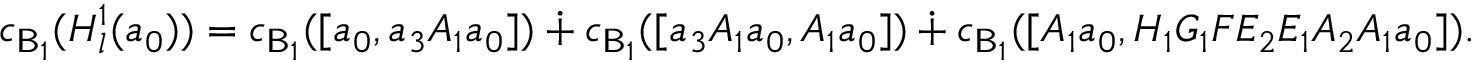
c _ { \mathsf { B } _ { 1 } } ( H _ { l } ^ { 1 } ( a _ { 0 } ) ) = c _ { \mathsf { B } _ { 1 } } ( [ a _ { 0 } , a _ { 3 } A _ { 1 } a _ { 0 } ] ) \dotplus c _ { \mathsf { B } _ { 1 } } ( [ a _ { 3 } A _ { 1 } a _ { 0 } , A _ { 1 } a _ { 0 } ] ) \dotplus c _ { \mathsf { B } _ { 1 } } ( [ A _ { 1 } a _ { 0 } , H _ { 1 } G _ { 1 } F E _ { 2 } E _ { 1 } A _ { 2 } A _ { 1 } a _ { 0 } ] ) .